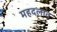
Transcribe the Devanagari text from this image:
महदलात